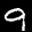
Label: 9